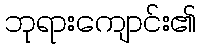
ဘုရားကျောင်း၏